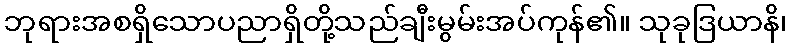
ဘုရားအစရှိသောပညာရှိတို့သည်ချီးမွမ်းအပ်ကုန်၏။ သုခုဒြယာနိ၊